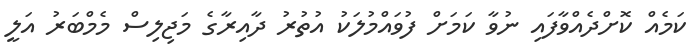
ކަމެއް ކޮށްދެއްވާފައި ނުވާ ކަމަށް ފުވައްމުލަކު އުތުރު ދާއިރާގެ މަޖިލިސް މެމްބަރު އަލީ